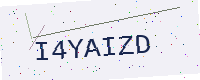
Text: I4YAIZD